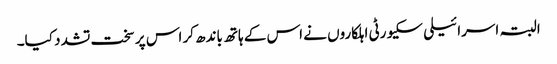
البتہ اسرائیلی سکیورٹی اہلکاروں نے اس کے ہاتھ باندھ کر اس پر سخت تشدد کیا۔